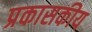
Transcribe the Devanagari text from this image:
प्रकासकीय